Problem: 6 × 8 = ?
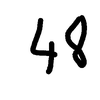
Handwritten answer: 48